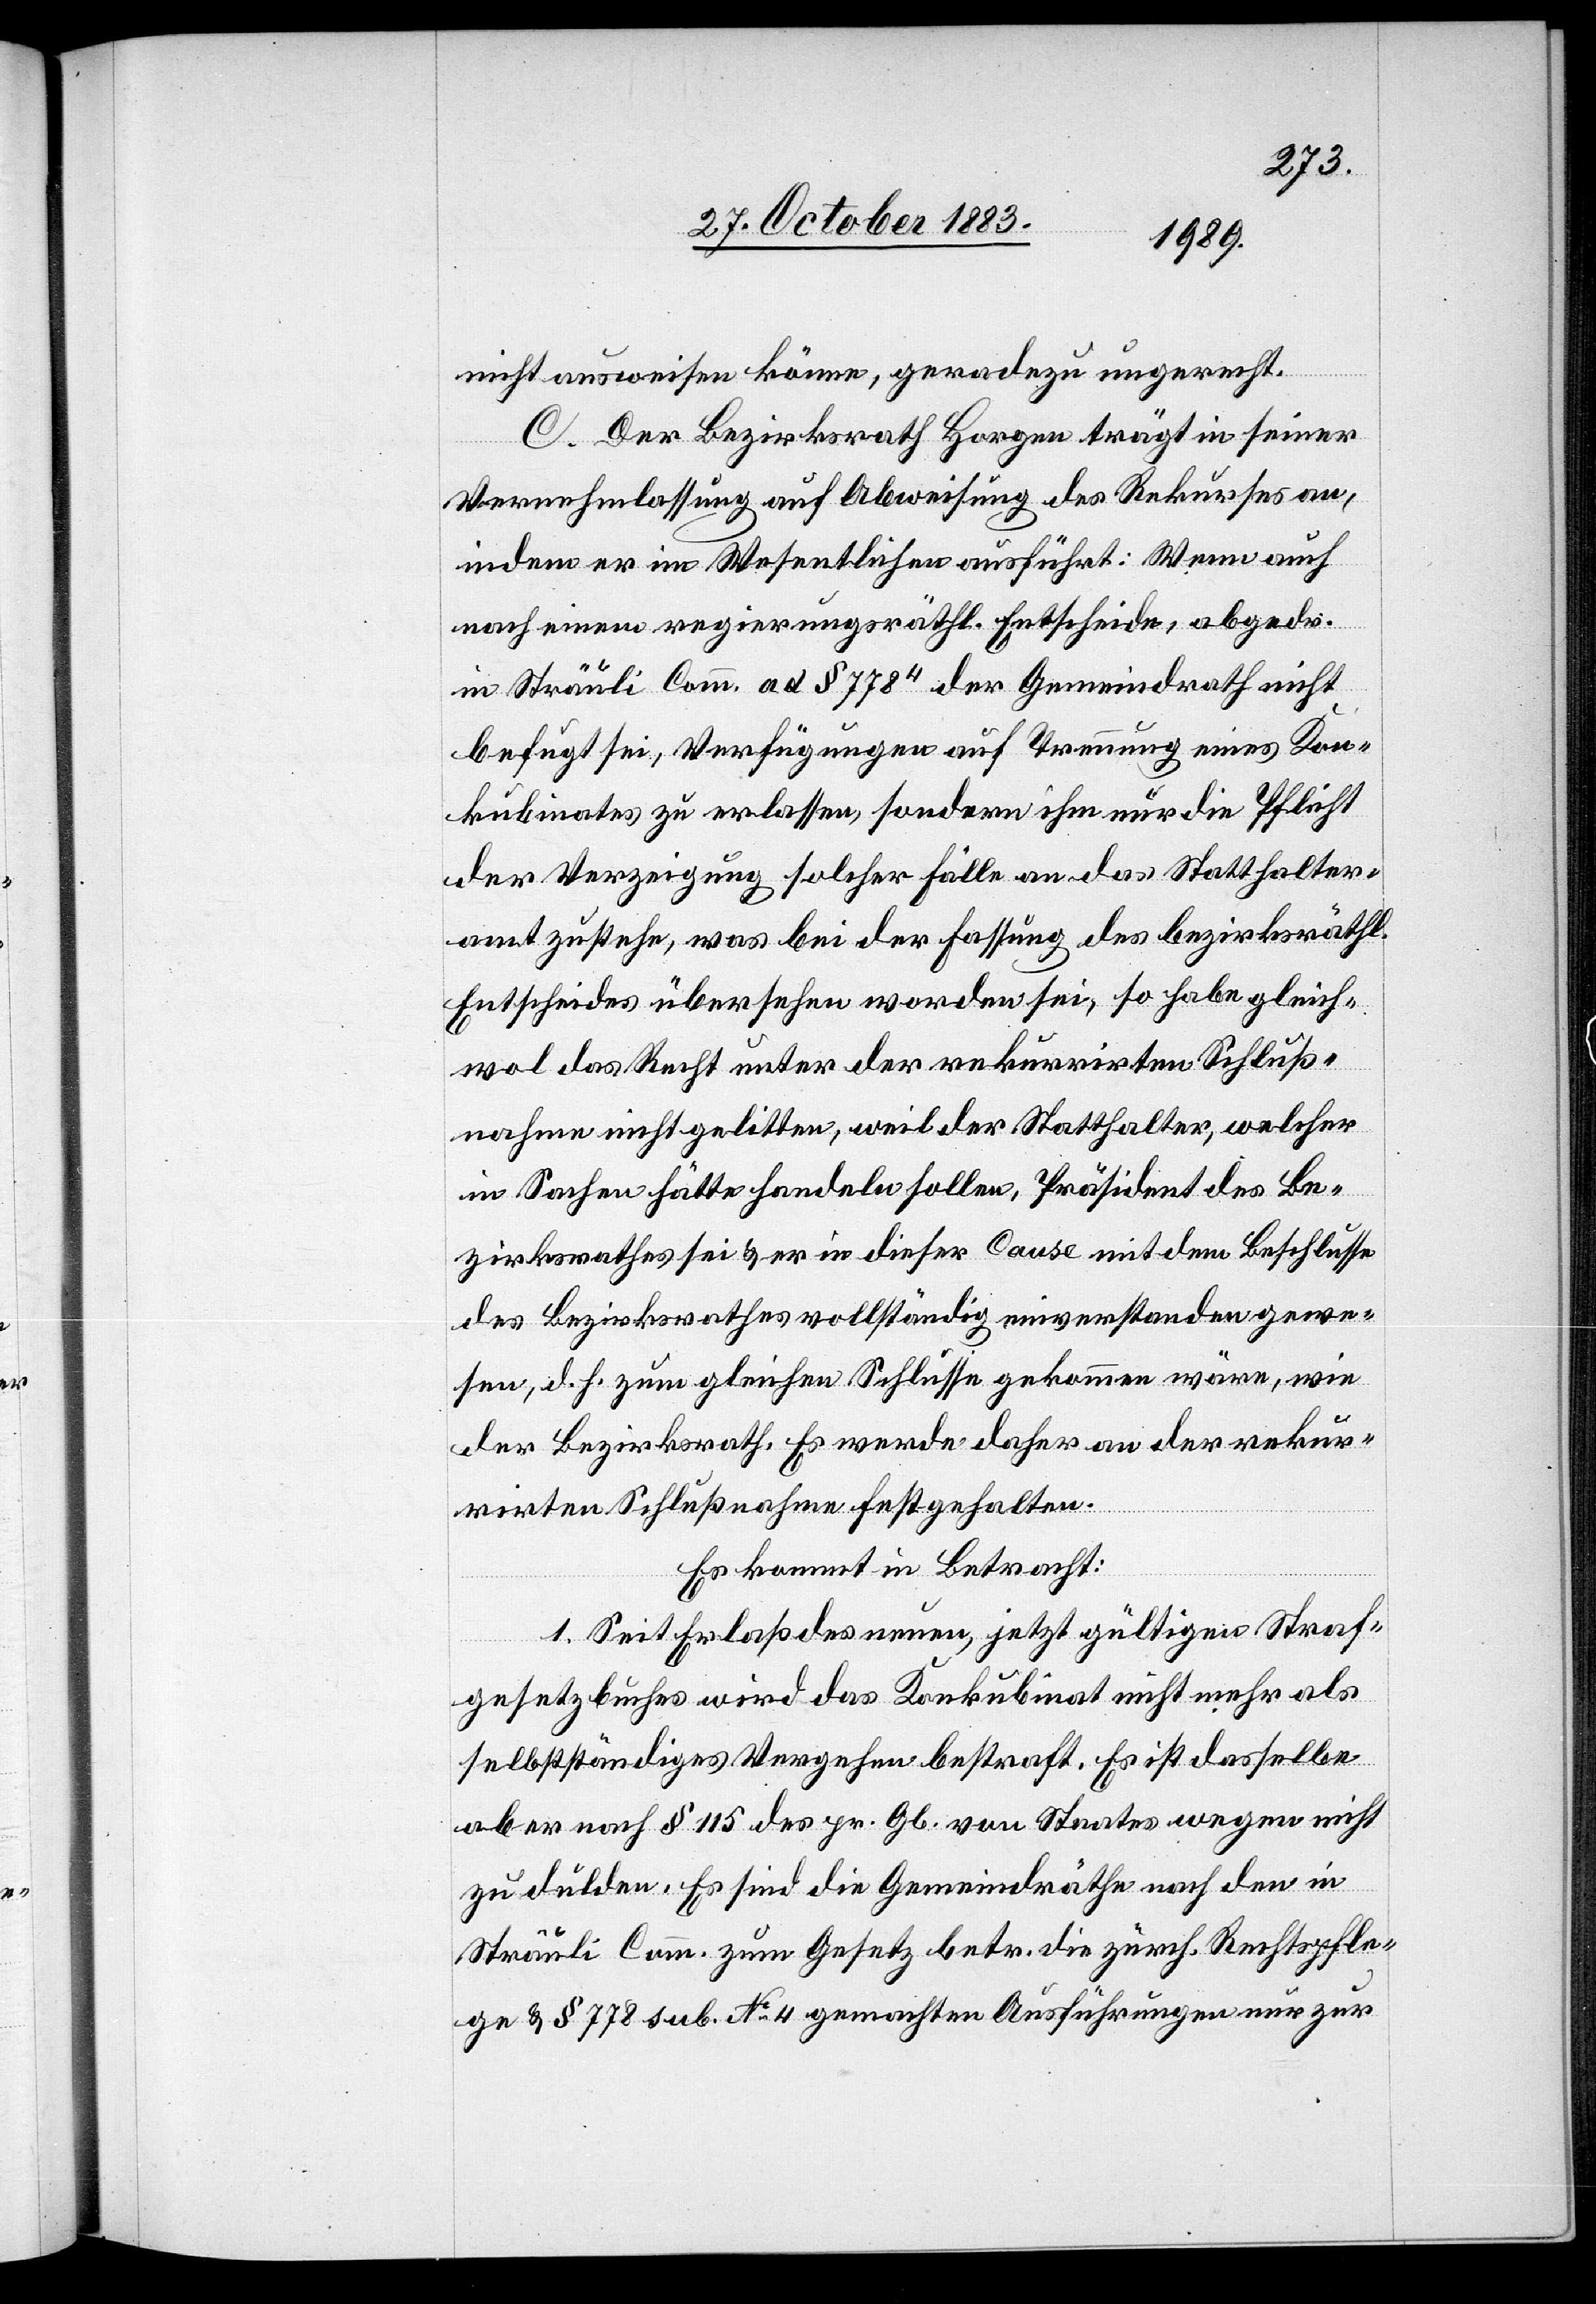
nicht ausweisen könne, geradezu ungerecht.
C. Der Bezirksrath Horgen trägt in seiner
Vernehmlassung auf Abweisung des Rekurses an,
indem er im Wesentlichen ausführt: Wenn auch
nach einem regierungsräthl. Entscheide, abgedr.
in Sträuli Comm. ad § 7784 der Gemeindrath nicht
befugt sei, Verfügungen auf Trennung eines Kon¬
kubinates zu erlassen, sondern ihm nur die Pflicht
der Verzeigung solcher Fälle an das Statthalter¬
amt zustehe, was bei der Fassung des bezirksräthl.
Entscheides übersehen worden sei, so habe gleich¬
wol das Recht unter der rekurrirten Schluß¬
nahme nicht gelitten, weil der Statthalter, welcher
in Sachen hätte handeln sollen, Präsident des Be¬
zirksrathes sei & er in dieser Cause mit dem Beschlusse
des Bezirksrathes vollständig einverstanden gewe¬
sen, d. h. zum gleichen Schlusse gekommen wäre, wie
der Bezirksrath. Es werde daher an der rekur¬
rirten Schlußnahme festgehalten.
Es kommt in Betracht:
1. Seit Erlaß des neuen, jetzt gültigen Straf¬
gesetzbuches wird das Konkubinat nicht mehr als
selbstständiges Vergehen bestraft. Es ist dasselbe
aber nach § 115 des pr. Gb. von Staates wegen nicht
zu dulden. Es sind die Gemeindräthe nach den in
Sträuli Comm. zum Gesetz betr. die zürch. Rechtspfle¬
ge & § 778 sub. No 4 gemachten Ausführungen nur zur